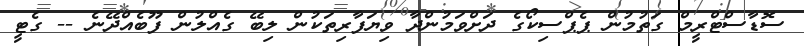
ސޮޑާސްޓްރީމް ގަތުމުން ޕެޕްސިކޯގެ ދަށްވަމުންދާ ވިޔަފާރިތަަކުން ލިބޭ ގެއްލުން ފޫބެއްދޭނެ -- ގެޓީ